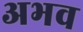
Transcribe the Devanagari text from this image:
अभव